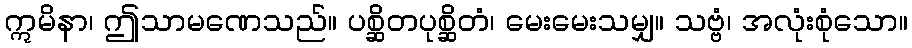
ဣမိနာ၊ ဤသာမဏေသည်။ ပစ္ဆိတပုစ္ဆိတံ၊ မေးမေးသမျှ။ သဗ္ဗံ၊ အလုံးစုံသော။